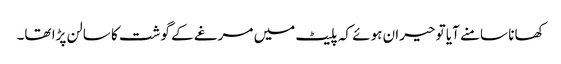
کھانا سامنے آیا تو حیران ہوئے کہ پلیٹ میں مرغے کے گوشت کا سالن پڑا تھا۔